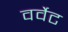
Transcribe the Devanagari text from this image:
वर्वेट